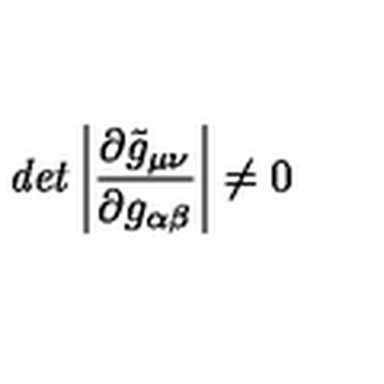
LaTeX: { \it d e t } \left| \frac { \partial \tilde { g } _ { \mu \nu } } { \partial g _ { \alpha \beta } } \right| \neq 0